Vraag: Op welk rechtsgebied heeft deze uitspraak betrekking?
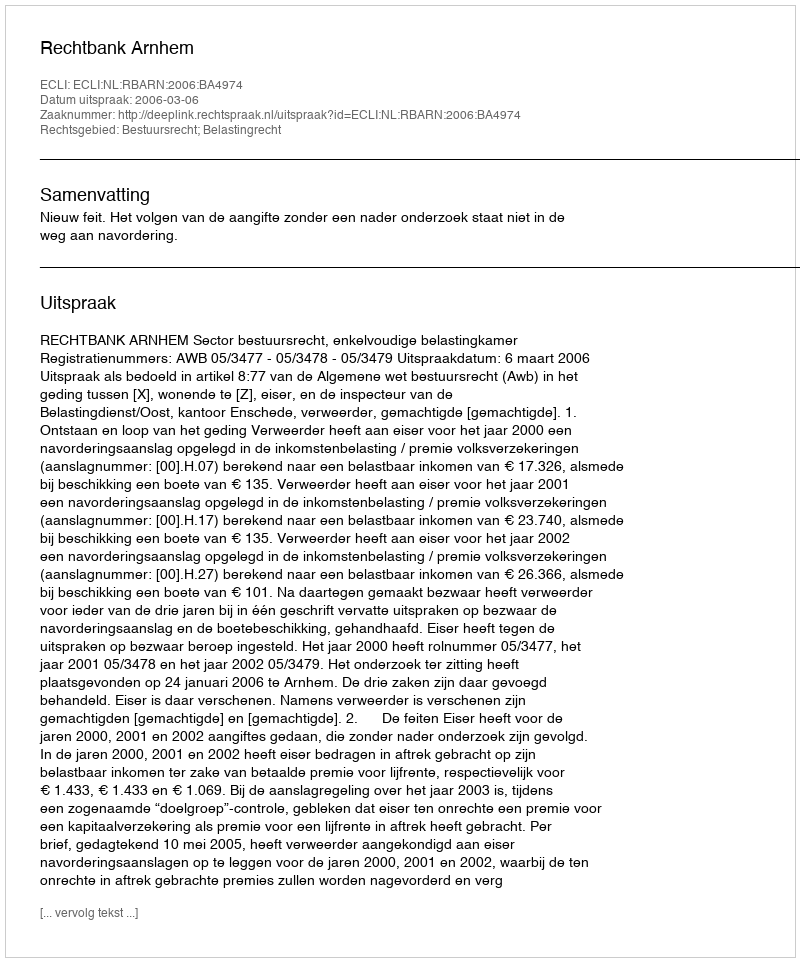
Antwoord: Bestuursrecht; Belastingrecht